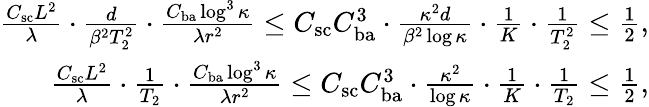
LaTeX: \begin{array}{r}{\frac{C_{\textup{sc}}L^{2}}{\lambda}\cdot\frac d{\beta^{2}T_{2}^{2}}\cdot\frac{C_{\textup{ba}}\log^{3}\kappa}{\lambda r^{2}}\le C_{\textup{sc}}C_{\textup{ba}}^{3}\cdot\frac{\kappa^{2}d}{\beta^{2}\log\kappa}\cdot\frac 1K\cdot\frac 1{T_{2}^{2}}\le\frac{1}{2},}\\ {\frac{C_{\textup{sc}}L^{2}}{\lambda}\cdot\frac 1{T_{2}}\cdot\frac{C_{\textup{ba}}\log^{3}\kappa}{\lambda r^{2}}\le C_{\textup{sc}}C_{\textup{ba}}^{3}\cdot\frac{\kappa^{2}}{\log\kappa}\cdot\frac 1K\cdot\frac 1{T_{2}}\le\frac{1}{2},}\end{array}